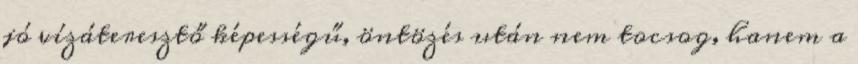
jó vízáteresztő képességű, öntözés után nem tocsog, hanem a